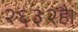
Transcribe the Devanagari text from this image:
२६३२है।